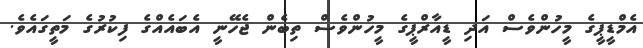
އެމްޑީޕީގެ މީހުންވެސް އަދި ޑީއާރްޕީގެ މީހުންވެސް ތިބެން ޖެހޭނީ އެބައެއްގެ ފިކުރުގެ މަތީގައެވެ.